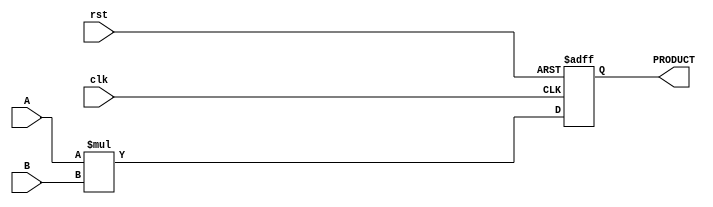
module ParameterizedMultiplier #(
    parameter WIDTH_A = 8,         // Bit-width of input A
    parameter WIDTH_B = 8,         // Bit-width of input B
    parameter WIDTH_OUT = WIDTH_A + WIDTH_B // Bit-width of output PRODUCT
)(
    input wire clk,                // Clock input
    input wire rst,                // Reset input
    input wire [WIDTH_A-1:0] A,    // Input operand A
    input wire [WIDTH_B-1:0] B,    // Input operand B
    output reg [WIDTH_OUT-1:0] PRODUCT // Output product
);

    // Behavioral description of multiplication
    always @(posedge clk or posedge rst) begin
        if (rst) begin
            PRODUCT <= 0; // Reset the output to 0
        end else begin
            PRODUCT <= A * B; // Perform multiplication
        end
    end

endmodule